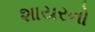
શાયરનો